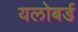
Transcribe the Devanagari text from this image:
यलोबर्ड